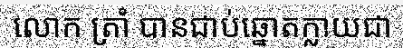
លោក ត្រាំ បានជាប់ឆ្នោតក្លាយជា